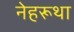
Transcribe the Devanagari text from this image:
नेहरूथा